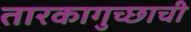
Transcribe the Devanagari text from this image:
तारकागुच्छाची